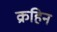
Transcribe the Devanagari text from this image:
क्रहिन